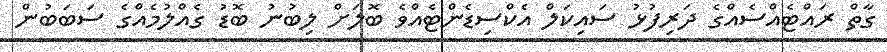
ގާތް ރައްޓެއްސެއްގެ ދަރިފުޅު ސައިކަލް އެކްސިޑެންޓެއްވެ ބޮލަށް ލިބުނު ބޮޑު ގެއްލުމެއްގެ ސަބަބުން